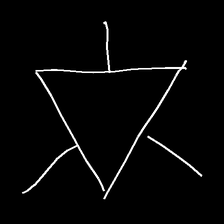
Glyph: fire